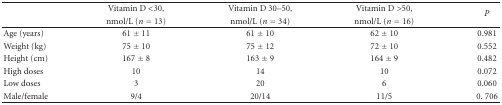
|  | Vitamin D <30, | Vitamin D 30–50, | Vitamin D >50, | <ROWSPAN=2> P |
 |  | nmol/L (n = 13) | nmol/L (n = 34) | nmol/L (n = 16) |
 | --- | --- | --- | --- | --- |
 | Age (years) | 61 ± 11 | 61 ± 10 | 62 ± 10 | 0.981 |
 | Weight (kg) | 75 ± 10 | 75 ± 12 | 72 ± 10 | 0.552 |
 | Height (cm) | 167 ± 8 | 163 ± 9 | 164 ± 9 | 0.482 |
 | High doses | 10 | 14 | 10 | 0.072 |
 | Low doses | 3 | 20 | 6 | 0.060 |
 | Male/female | 9/4 | 20/14 | 11/5 | 0. 706 |